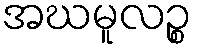
အဃမူလဉ္စ